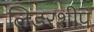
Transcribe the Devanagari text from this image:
लिडरशीप